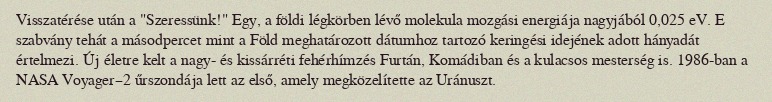
Visszatérése után a "Szeressünk!" Egy, a földi légkörben lévő molekula mozgási energiája nagyjából 0,025 eV. E szabvány tehát a másodpercet mint a Föld meghatározott dátumhoz tartozó keringési idejének adott hányadát értelmezi. Új életre kelt a nagy- és kissárréti fehérhímzés Furtán, Komádiban és a kulacsos mesterség is. 1986-ban a NASA Voyager–2 űrszondája lett az első, amely megközelítette az Uránuszt.